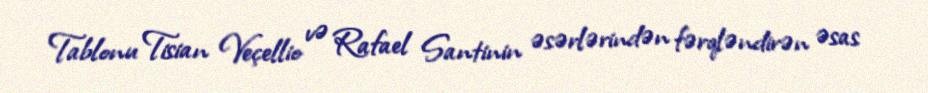
Tablonu Tisian Veçellio və Rafael Santinin əsərlərindən fərqləndirən əsas